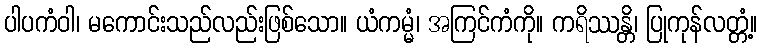
ပါပကံဝါ၊ မကောင်းသည်လည်းဖြစ်သော။ ယံကမ္မံ၊ အကြင်ကံကို။ ကရိဿန္တိ၊ ပြုကုန်လတ္တံ့။